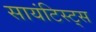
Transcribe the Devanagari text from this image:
सायंटिस्ट्स